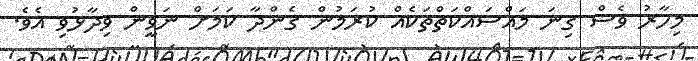
މިހާރު ވެސް ގިނަ މައްސައްކަތްތަކެއް ކުރަމުން ގެންދާ ކަމަށް ނަވީން ވިދާޅުވި އެވެ.